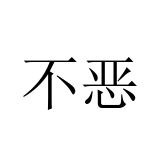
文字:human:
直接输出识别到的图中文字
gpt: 不恶